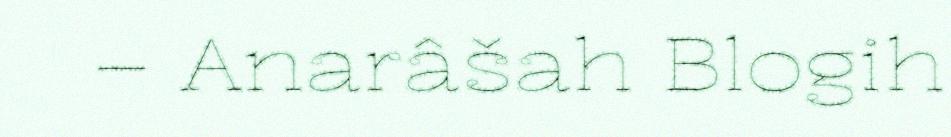
– Anarâšah Blogih